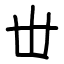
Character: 丗